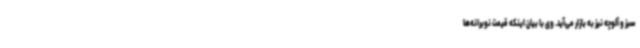
سبز و آلوچه نیز به بازار می‌آید. وی با بیان اینکه قیمت نوبرانه‌ها